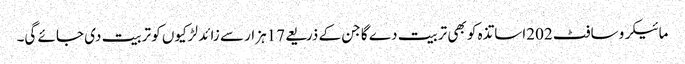
مائیکرو سافٹ 202اساتذہ کو بھی تربیت دے گا جن کے ذریعے 17ہزار سے زائد لڑکیوں کو تربیت دی جائے گی۔